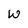
Character: W